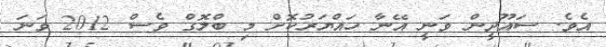
އެވެ. ސައޫދީން ވަނީ އޭނާ ހައްޔަރުކޮށް މި ބްލޮގް ވެސް 2012 ވަނަ